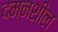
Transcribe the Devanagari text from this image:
दमनशील